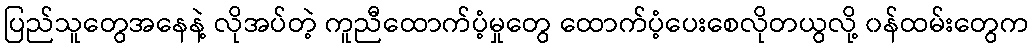
ပြည်သူတွေအနေနဲ့ လိုအပ်တဲ့ ကူညီထောက်ပံ့မှုတွေ ထောက်ပံ့ပေးစေလိုတယွလို့ ၀န်ထမ်းတွေက